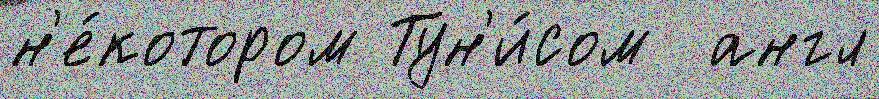
н'е́котором Тун'и́сом  англ